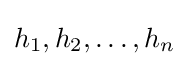
h_{1},h_{2},\dots ,h_{n}